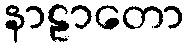
နာဠာတော